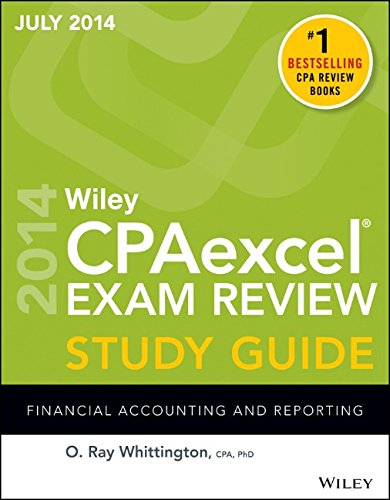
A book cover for Wiley CPAexcel Exam Review Spring 2014 Study Guide: Financial Accounting and Reporting (Wiley Cpa Exam Review); O. Ray Whittington; Test Preparation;